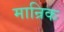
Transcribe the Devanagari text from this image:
मान्रिक